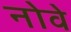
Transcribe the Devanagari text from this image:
नोवे